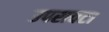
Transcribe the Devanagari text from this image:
उपरावटा